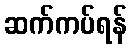
ဆက်ကပ်ရန်